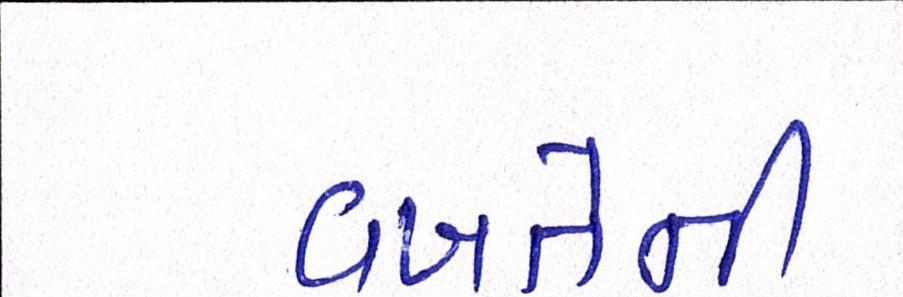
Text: વખતેની